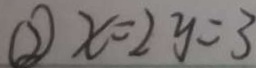
\textcircled { 2 } x = 2 y = 3